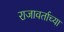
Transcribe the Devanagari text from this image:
राजावर्ताच्या